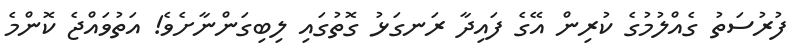
ފުރުސަތު ގެއްލުމުގެ ކުރިން އޭގެ ފައިދާ ރަނގަޅު ގޮތުގައި ލިބިގަންނާށެވެ! އަތުވައްޖެ ކޮންމެ